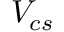
V _ { c s }